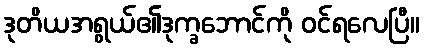
ဒုတိယအရွယ်၏ဒုက္ခဘောင်ကို ဝင်ရလေပြီ။